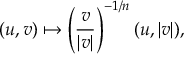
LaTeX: ( u , v ) \mapsto \left( \frac { v } { | v | } \right) ^ { - 1 / n } ( u , | v | ) ,